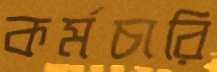
কর্মচারি